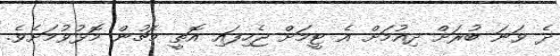
ދެ ވަނަ ބުރަށް ދިއުމަށް އެ ޓީމަށް ޖެހިފައި އޮތީ މެޗުން މޮޅުވުމަށެވެ.